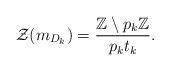
LaTeX: \begin{align*}\mathcal{Z}(m_{D_k})=\frac{\mathbb{Z}\setminus p_{k}\mathbb{Z}}{p_{k}t_{k}}.\end{align*}